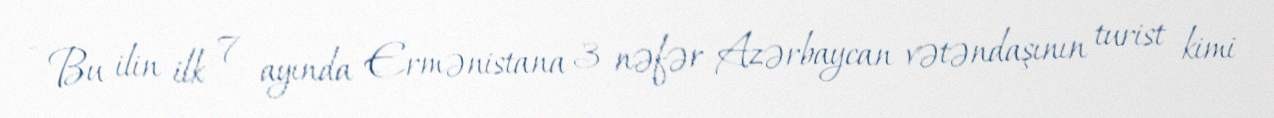
- Bu ilin ilk 7 ayında Ermənistana 3 nəfər Azərbaycan vətəndaşının turist kimi